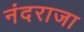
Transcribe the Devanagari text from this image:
नंदराजा